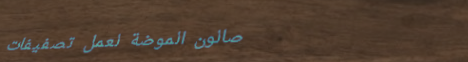
صالون الموضة لعمل تصفيفات